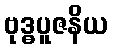
ဗုဒ္ဓပူဇနိယ